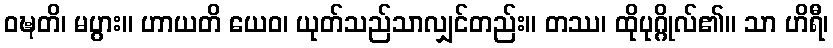
ဝဍ္ဎတိ၊ မပွား။ ဟာယတိ ယေဝ၊ ယုတ်သည်သာလျှင်တည်း။ တဿ၊ ထိုပုဂ္ဂိုလ်၏။ သာ ဟိရီ၊